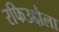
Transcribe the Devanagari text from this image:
रफिउद्दौला